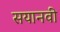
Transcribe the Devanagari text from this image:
सयानवी